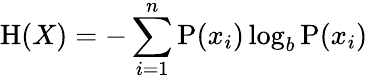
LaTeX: \mathrm{H}(X)=-\sum_{i=1}^{n}{\mathrm{P}(x_{i})\log_{b}\mathrm{P}(x_{i})}